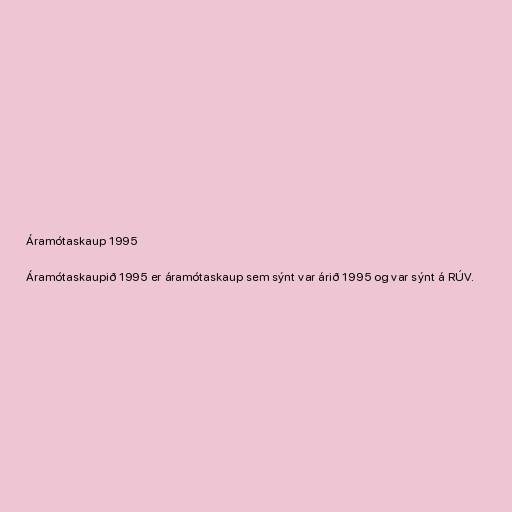
Áramótaskaup 1995

Áramótaskaupið 1995 er áramótaskaup sem sýnt var árið 1995 og var sýnt á RÚV.